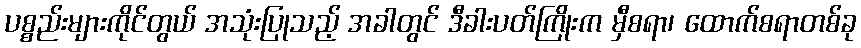
ပစ္စည်းများကိုင်တွယ် အသုံးပြုသည့် အခါတွင် ဒီခါးပတ်ကြိုးက မှီစရာ၊ ထောက်စရာတစ်ခု